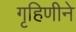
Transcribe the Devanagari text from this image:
गृहिणीने